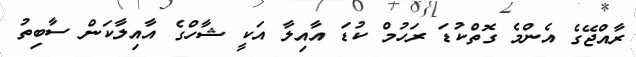
ރާއްޖޭގެ އެންމެ ގޮތްކުޑަ ރަހުމް ކުޑަ އާއިލާ އަކީ ޝާހްގެ އާއިލާކަން ސާބިތު